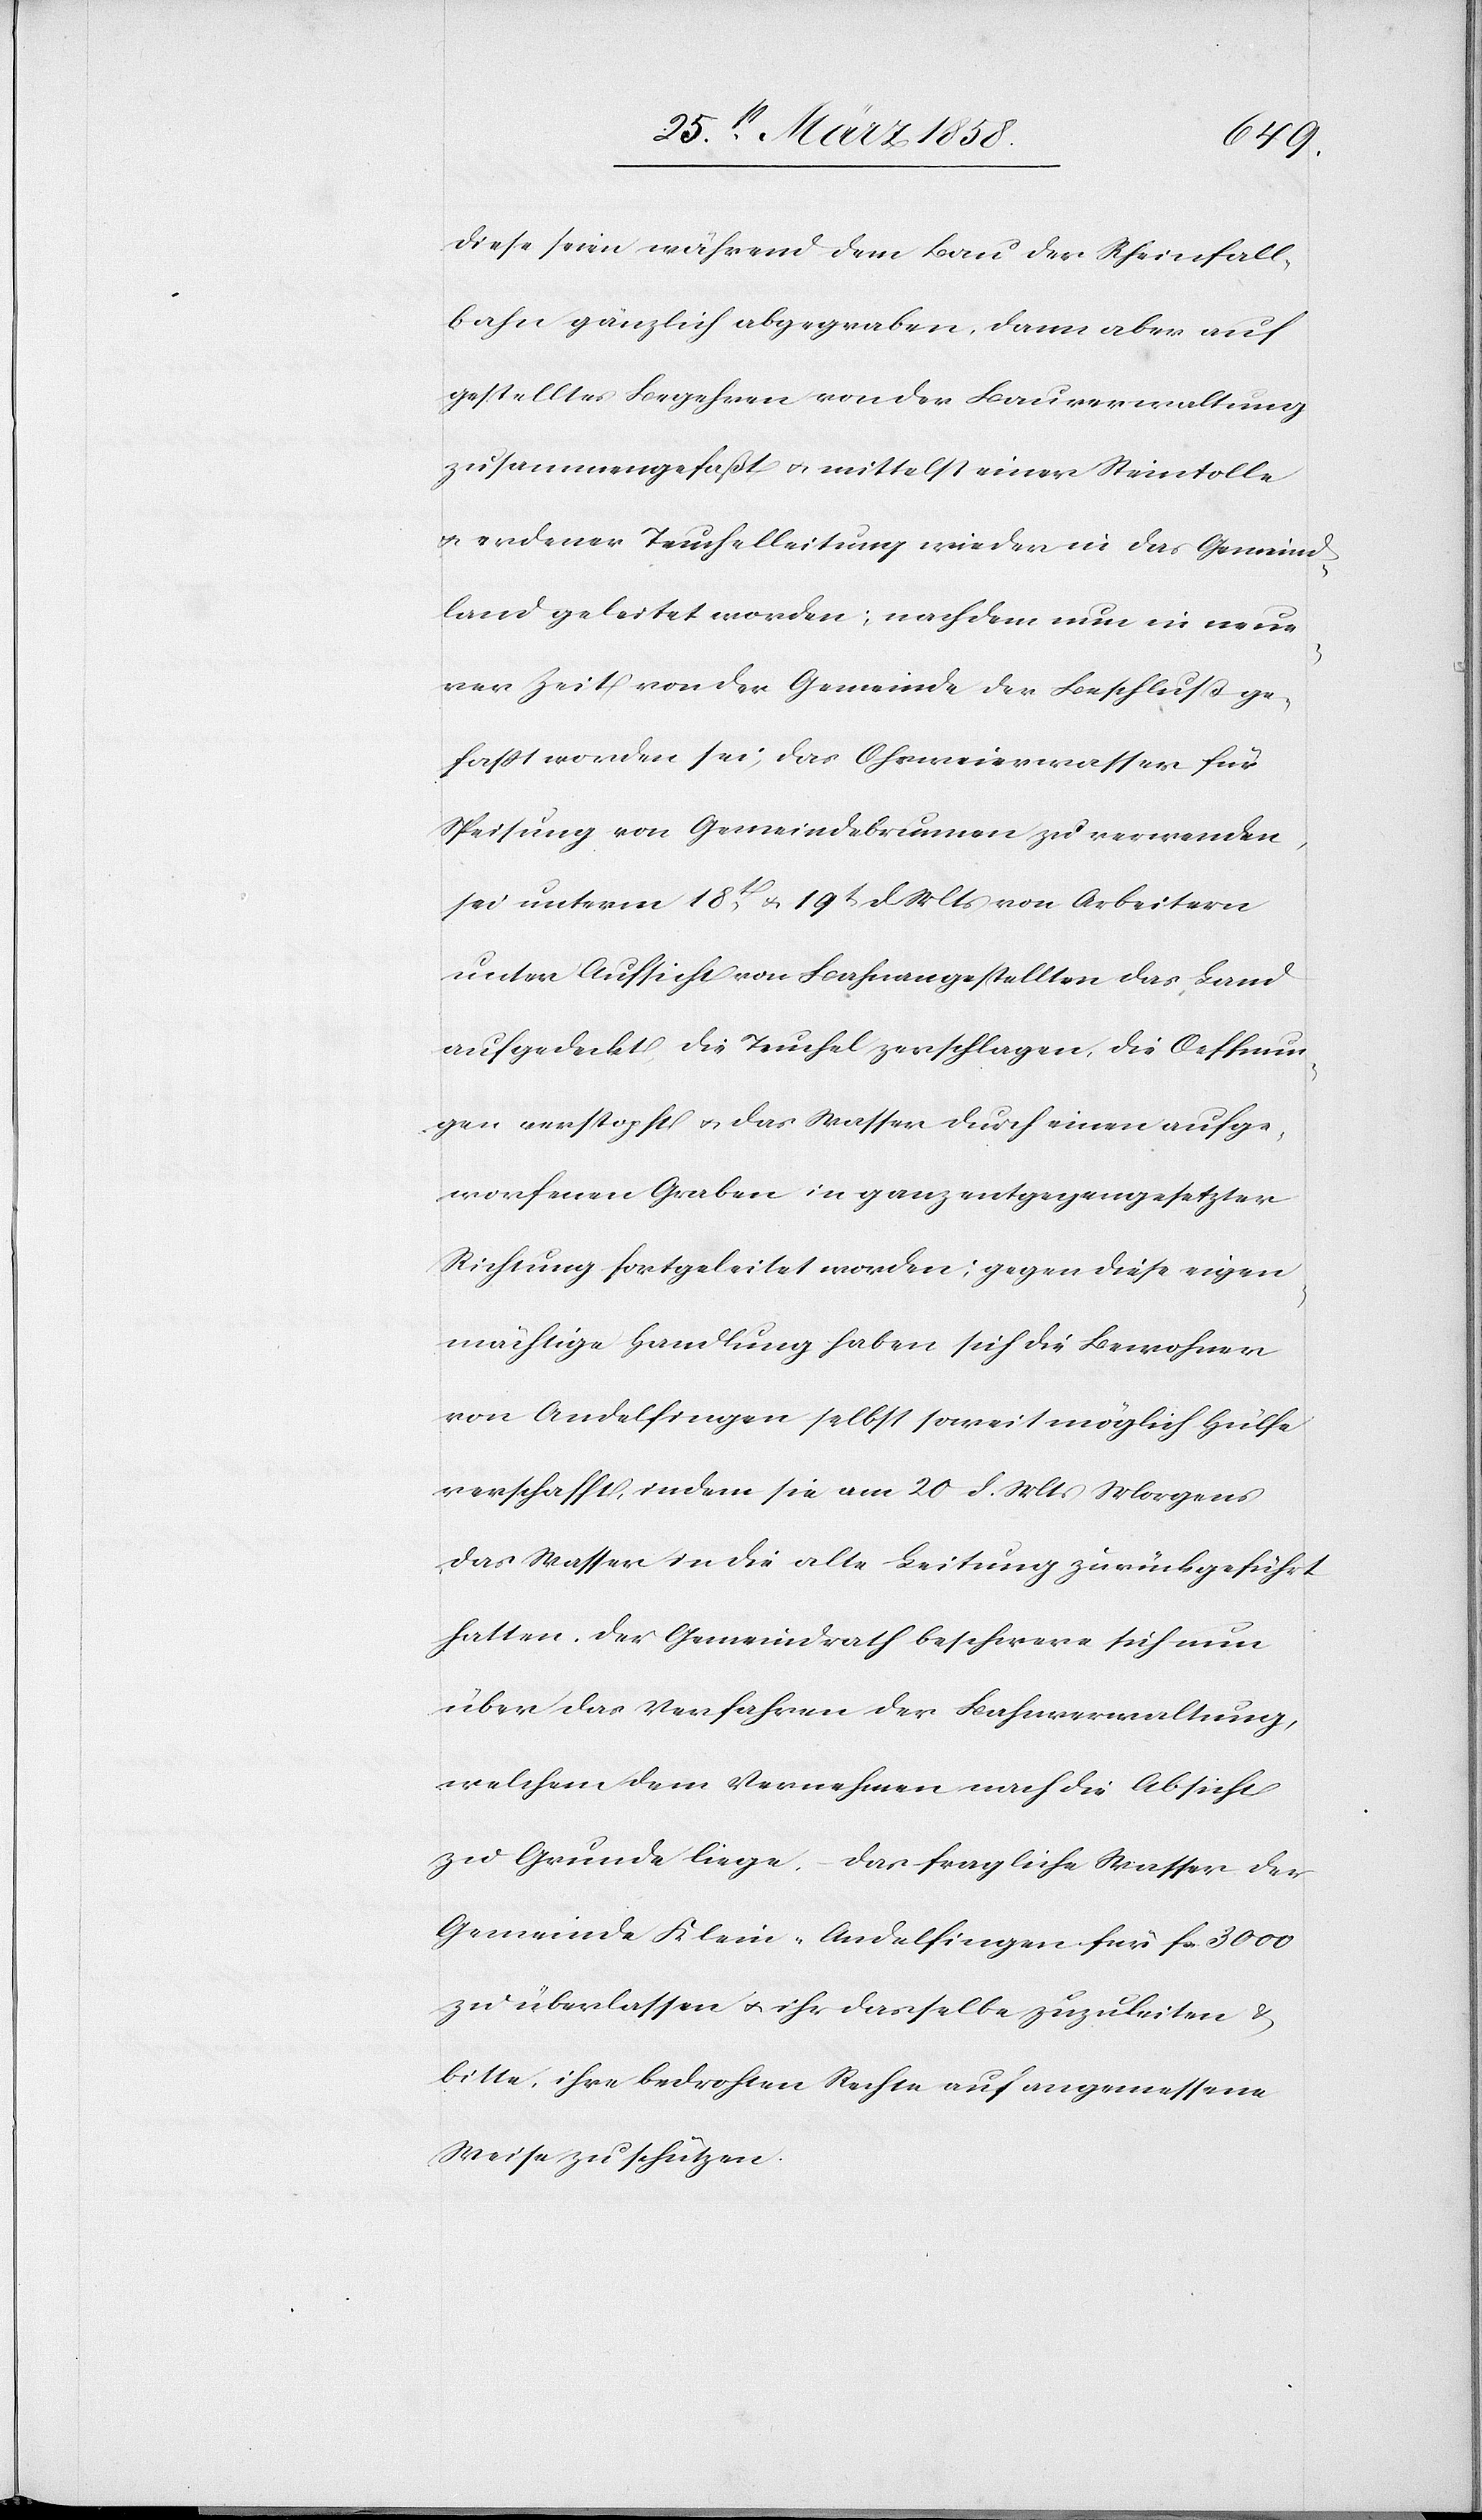
diese seien während dem Bau der Rheinfall¬
bahn gänzlich abgegraben, dann aber auf
gestelltes Begehren von der Bauverwaltung
zusammengefaßt u. mittelst einer Steintolle
u. erdener Teuchelleitung wieder in das Gemeind¬
land geleitet worden; nachdem nun in neue¬
rer Zeit von der Gemeinde der Beschluß ge¬
faßt worden sei, das Ohrweierwasser für
Speisung von Gemeindsbrunnen zu verwenden,
sei unterm 18t u. 19t d. Mts. von Arbeitern
unter Aufsicht von Bachangestellten das Land
aufgedeckt, die Teuchel zerschlagen, die Oeffnun¬
gen verstopft u. das Wasser durch einen aufge¬
worfenen Graben in ganz entgegengesetzter
Richtung fortgeleitet worden; gegen diese eigen¬
mächtige Handlung haben sich die Bewohner
von Andelfingen selbst soweit möglich Hülfe
verschafft, indem sie am 20. d. Mts. Morgens
das Wasser in die alte Leitung zurückgeführt
hatten. Der Gemeindrath beschwere sich nun
über das Verfahren der Bahnverwaltung,
welchem dem Vernehmen nach die Absicht
zu Grunde liege, das fragliche Wasser der
Gemeinde Klein-Andelfingen für fcs. 3000
zu überlassen u. ihr dasselbe zuzuleiten u.
bitte, ihre bedrohten Rechte auf angemessene
Weise zu schützen.